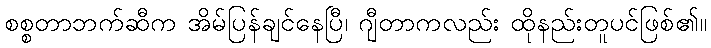
စစ္စတာဘက်ဆီက အိမ်ပြန်ချင်နေပြီ၊ ဂျီတာကလည်း ထိုနည်းတူပင်ဖြစ်၏။